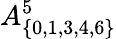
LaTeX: A_{\{ 0,1,3,4,6\} }^{5}